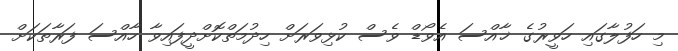
މި ހަފުލާގައި ހަވީރުގެ ޚާއްސަ އެވޯޑް ވެސް ކުޅިވަރަށް ހިދުމަތްކޮށްދީފައިވާ ހާއްސަ ފަރާތަކަށް